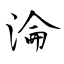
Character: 淪